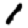
Digit: 1